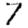
Digit: 7